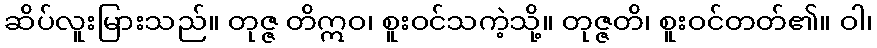
ဆိပ်လူးမြားသည်။ တုဇ္ဇ တိဣဝ၊ စူးဝင်သကဲ့သို့။ တုဇ္ဇတိ၊ စူးဝင်တတ်၏။ ဝါ၊